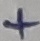
Text: +